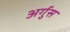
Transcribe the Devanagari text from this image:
अर्गुस